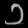
Digit: ၁